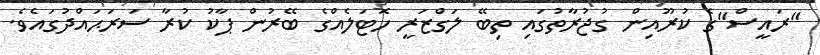
"ރައީސް"ގެ ކުރޫއިން ގުޖުރާތުގައި ތިބޭ ލަގްޒަރީ ހޮޓަލެއްގެ ބޭރުން ޕާކު ކުރާ ސަރަޙައްދުގައެވެ.